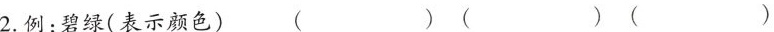
2.例：碧绿(表示颜色) ( )( )( )